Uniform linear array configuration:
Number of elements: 24
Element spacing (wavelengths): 0.5
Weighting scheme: uniform
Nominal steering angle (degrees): -45
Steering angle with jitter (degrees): -46.026
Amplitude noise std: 0.05
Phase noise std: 0.05

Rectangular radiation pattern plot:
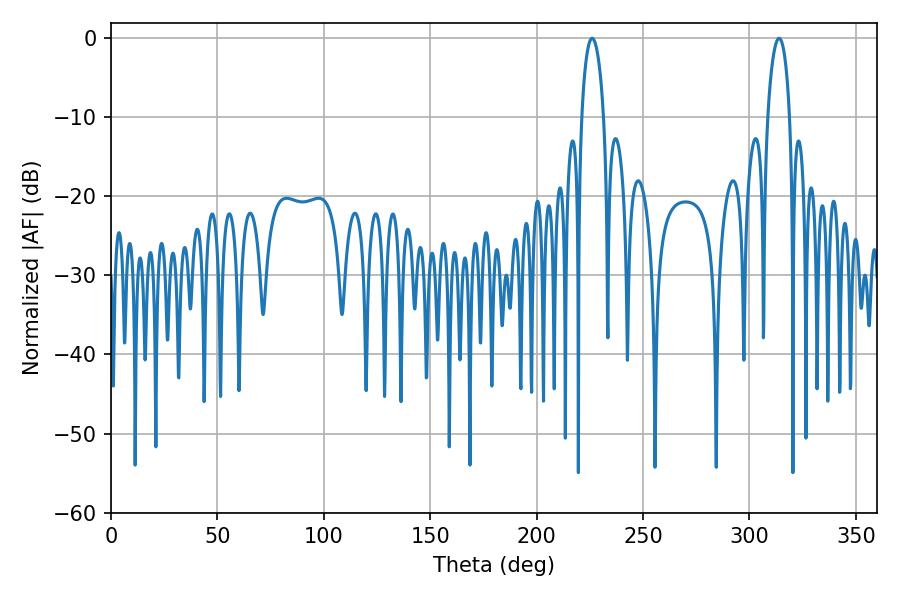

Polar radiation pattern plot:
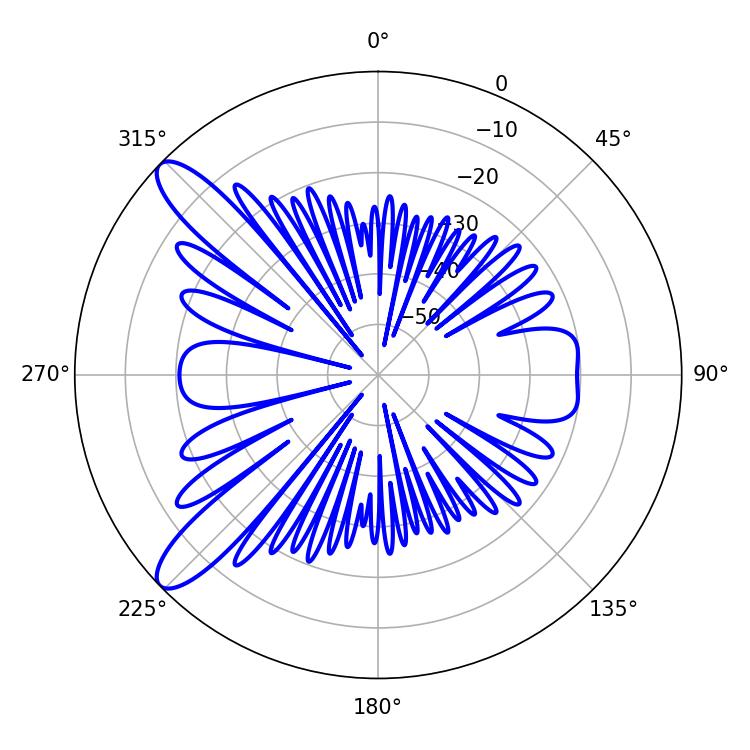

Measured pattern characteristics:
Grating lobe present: FALSE
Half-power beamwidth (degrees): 5.94
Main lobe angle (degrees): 226.08